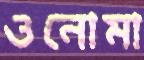
ওনোমা